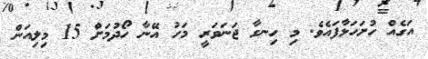
އަގެއް ހުށަހަޅާފައެވެ. މި ހިނގާ ޖަނަވަރީ މަހު އޭނާ ހޯދުމަށް 15 މިލިއަން